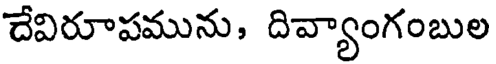
దేవిరూపమును, దివ్యాంగంబుల